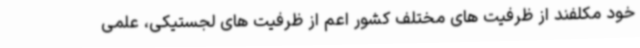
خود مکلفند از ظرفیت های مختلف کشور اعم از ظرفیت های لجستیکی، علمی